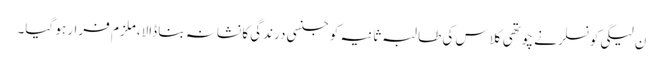
ن لیگی کونسلر نے چوتھی کلاس کی طالبہ ثانیہ کو جنسی درندگی کا نشانہ بنا ڈالا،ملزم فرار ہو گیا۔